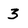
Character: 3